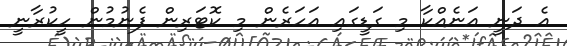
އެ ދަނީ އަނެއްކާ މި ގަޑީގައި އަހަރެން މި ކޮޓަރިން ފެނުމުން ހީކުރާނީ